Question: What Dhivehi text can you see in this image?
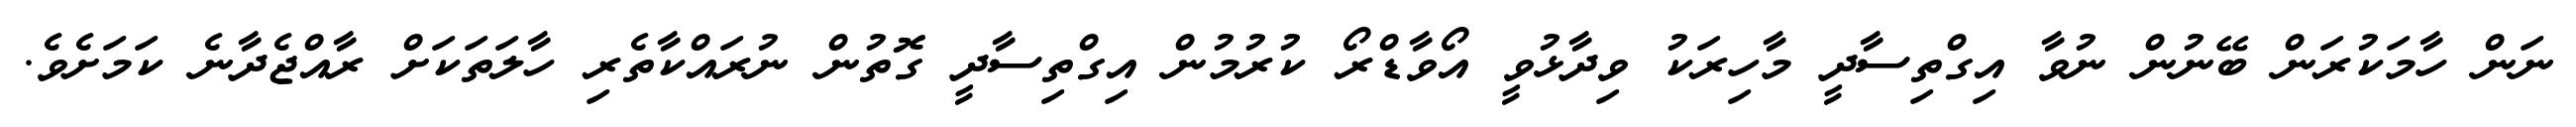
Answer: ނަން ހާމަކުރަން ބޭނުން ނުވާ އިގްތިސާދީ މާހިރަކު ވިދާޅުވީ އޯވާޑްރޯ ކުރުމުން އިގްތިސާދީ ގޮތުން ނުރައްކާތެރި ހާލަތަކަށް ރާއްޖެދާނެ ކަމަށެވެ.